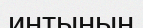
интының